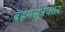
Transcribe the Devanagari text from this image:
ब्रह्रमसूत्रकार